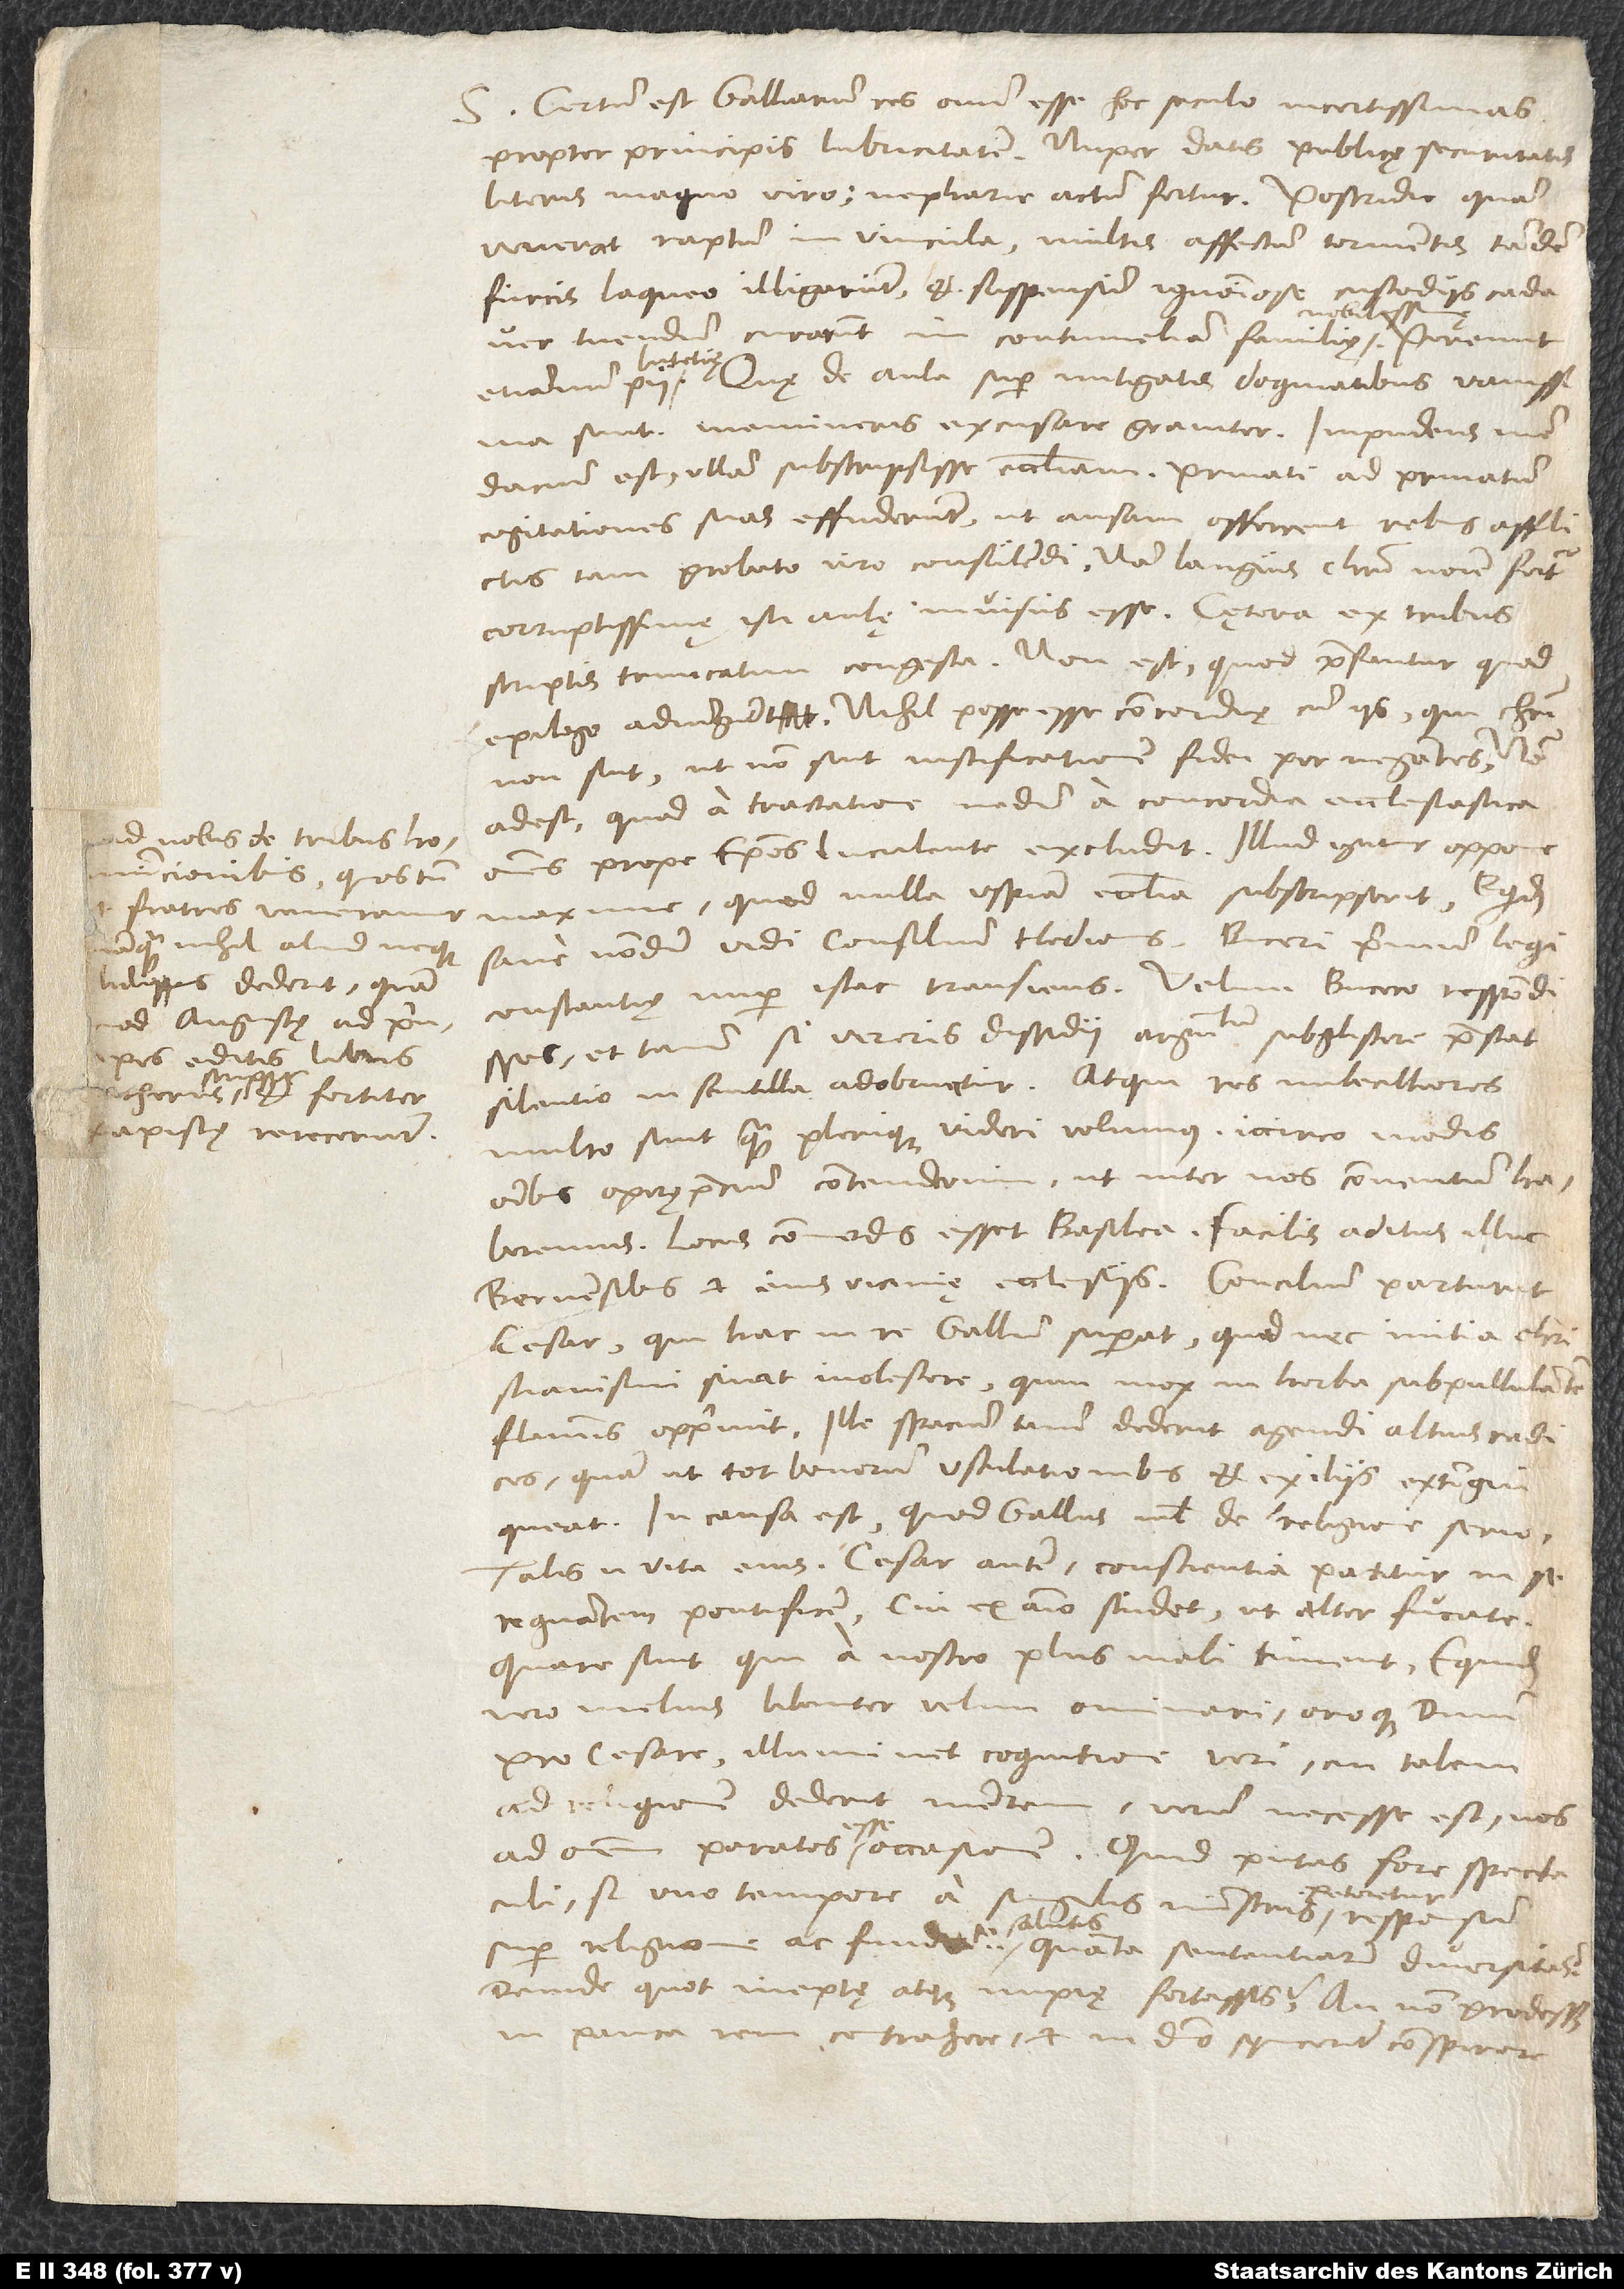
papistę reiecerunt.

S. Certum est Galliarum res omnium esse hoc seculo incertissimas
propter principis lubricitatem. Nuper datis publicę securitatis
literis magno viro nepharie actum fertur. Postridie quam
venerat, raptum in vincula, multis affecturn tormentis tandem
furcis laqueo illigarunt et suspensum ignominiose custodiis cadaver
tuendum curarunt in contumeliam familię
Quę de aula super mitigatis dogmatibus, vanissima
sunt; memineris excusare graviter. Impudens mendacium
est ullam subscripsisse ecclesiam. Privati ad privatum
cogitationes suas effuderunt, ut ansam offerrent rebus afflictis
tam probato viro consulendi; nam Langius Christi nomine fertur
corruptissimę isti aulę invisus esse. Caetera ex tribus
scriptis truncatim congesta. Non est, quod praefantur, quod
epilogo adiungunt: nihil posse esse concordiae cum iis, qui Christi
non sint, ut non sint iustificationem fidei pernegantes. Non
adest, quod a tractatione, nedum a concordia ecclesiastica
omnes prope episcopos luculente excludit. Illud igitur oppone
maxime, quod nulla uspiam ecclesia subscripserit. Equidem
sane nondum vidi consilium Hedionis; Buceri primum legi
et tamen, si vereris dissidii argumentum subgliscere, praestat,
silentio in scintilla adobruatur. Atqui res imbecilliores
multo sunt, quam plerique videri volumus, iccirco modis
omnibus operęprecium contenderim, ut inter nos conventum
haberemus. Locus commodus esset Basilea; facilis aditus illuc
Bernensibus et eius vicinię ecclesiis. Concilium parturit
cesar qui hac in re Gallum superat, quod nec initia christianismi
sinat inolescere, quin mox in herba subpullulantem
flammis opprimit. Ille spacium tamen dederit agendi altius radices,
quam ut tot bonorum ustulationibus et exiliis extingui
queat. In causa est, quod Gallus nihil de religione serio;
talis enim vita eius. Cesar autem conscientia patitur in se
regnantem pontificem, cui ex animo studet ut alter fucate.
Quare sunt, qui a nostro plus mali timent. Equidem
vero melius libenter velim ominari oroque dominum
pro cesare, illuminet cognitione veri, cui talem
ad religionem dederit mentem; verum necesse est nos
ad omnem paratos esse occasionem. Quid putas fore spectaculi,
si uno tempore a
super religione ac fundamento salutis, quanta sententiarum diversitas?
Deinde quot ineptę atque impię fortassis? An non prodesset
pauca rem contrahere et in domino synceriter conspirare,